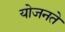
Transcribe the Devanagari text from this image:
योजनते